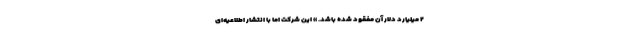
۲ میلیارد دلار آن مفقود شده باشد. » این شرکت اما با انتشار اطلاعیه‌ای